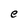
Character: e